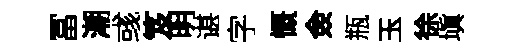
冨潮彧笈明谌字慨僉瓶玉徐塡